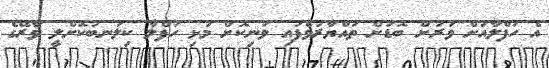
އެ ހަފްލާއަށް ވަރަށް ބޮޑަށް ތައްޔާރުވެފައި ވަނިކޮށް މުޅި ހަފްލާ ކިލަަނބުކޮށްލީ ވާރޭގެ